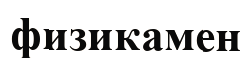
физикамен